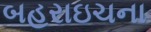
બહરાઇચના